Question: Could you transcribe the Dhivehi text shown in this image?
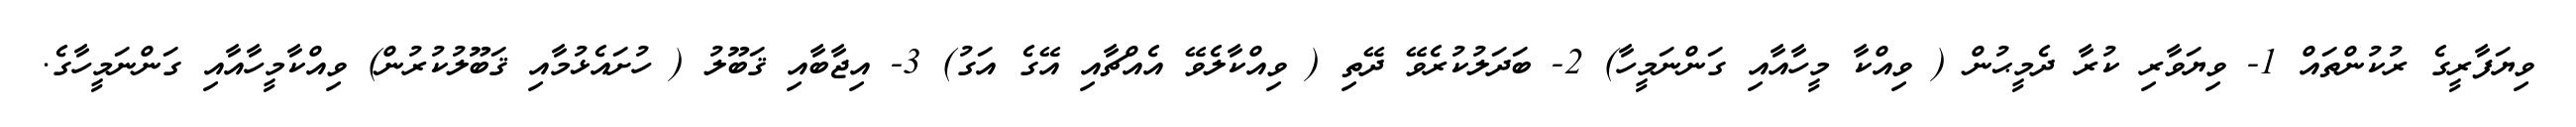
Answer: ވިޔަފާރީގެ ރުކުންތައް 1- ވިޔަވާރި ކުރާ ދެމީޙުން ( ވިއްކާ މީހާއާއި ގަންނަމީހާ) 2- ބަދަލުކުރެވޭ ދޭތި ( ވިއްކާލެވޭ އެއްޗާއި އޭގެ އަގު) 3- އިޖާބާއި ޤަބޫލު ( ހުށައެޅުމާއި ޤަބޫލުކުރުން) ވިއްކާމީހާއާއި ގަންނަމީހާގެ.